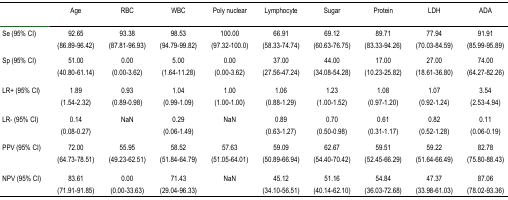
<table><thead><tr><td></td><td><b>Age</b></td><td><b>RBC</b></td><td><b>WBC</b></td><td><b>Poly nuclear</b></td><td><b>Lymphocyte</b></td><td><b>Sugar</b></td><td><b>Protein</b></td><td><b>LDH</b></td><td><b>ADA</b></td></tr></thead><tbody><tr><td>Se (95% CI)</td><td>92.65 (86.89–96.42)</td><td>93.38 (87.81–96.93)</td><td>98.53 (94.79–99.82)</td><td>100.00 (97.32–100.0)</td><td>66.91 (58.33–74.74)</td><td>69.12 (60.63–76.75)</td><td>89.71 (83.33–94.26)</td><td>77.94 (70.03–84.59)</td><td>91.91 (85.99–95.89)</td></tr><tr><td>Sp (95% CI)</td><td>51.00 (40.80–61.14)</td><td>0.00 (0.00–3.62)</td><td>5.00 (1.64–11.28)</td><td>0.00 (0.00–3.62)</td><td>37.00 (27.56–47.24)</td><td>44.00 (34.08–54.28)</td><td>17.00 (10.23–25.82)</td><td>27.00 (18.61–36.80)</td><td>74.00 (64.27–82.26)</td></tr><tr><td>LR+ (95% CI)</td><td>1.89 (1.54–2.32)</td><td>0.93 (0.89–0.98)</td><td>1.04 (0.99–1.09)</td><td>1.00 (1.00–1.00)</td><td>1.06 (0.88–1.29)</td><td>1.23 (1.00–1.52)</td><td>1.08 (0.97–1.20)</td><td>1.07 (0.92–1.24)</td><td>3.54 (2.53–4.94)</td></tr><tr><td>LR− (95% CI)</td><td>0.14 (0.08–0.27)</td><td>NaN</td><td>0.29 (0.06–1.49)</td><td>NaN</td><td>0.89 (0.63–1.27)</td><td>0.70 (0.50–0.98)</td><td>0.61 (0.31–1.17)</td><td>0.82 (0.52–1.28)</td><td>0.11 (0.06–0.19)</td></tr><tr><td>PPV (95% CI)</td><td>72.00 (64.73–78.51)</td><td>55.95 (49.23–62.51)</td><td>58.52 (51.84–64.79)</td><td>57.63 (51.05–64.01)</td><td>59.09 (50.89–66.94)</td><td>62.67 (54.40–70.42)</td><td>59.51 (52.45–66.29)</td><td>59.22 (51.64–66.49)</td><td>82.78 (75.80–88.43)</td></tr><tr><td>NPV (95% CI)</td><td>83.61 (71.91–91.85)</td><td>0.00 (0.00–33.63)</td><td>71.43 (29.04–96.33)</td><td>NaN</td><td>45.12 (34.10–56.51)</td><td>51.16 (40.14–62.10)</td><td>54.84 (36.03–72.68)</td><td>47.37 (33.98–61.03)</td><td>87.06 (78.02–93.36)</td></tr></tbody></table>